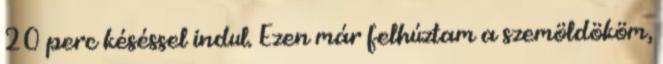
20 perc késéssel indul. Ezen már felhúztam a szemöldököm,